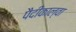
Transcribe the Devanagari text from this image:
पैदीकाल्वा